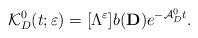
LaTeX: \begin{align*}\mathcal{K}_D^0(t;\varepsilon)=[\Lambda ^\varepsilon]b(\mathbf{D})e^{-\mathcal{A}_D^0 t} .\end{align*}